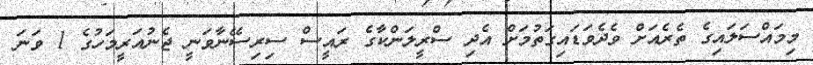
މިމައްސަލައިގެ ތެރެއަށް ވެދެވަޑައިގަތުމަށް އެދި ސްރީލަންކާގެ ރައީސް ސިރިސޭނާވަނީ ޖެނުއަރީމަހުގެ 1 ވަނަ